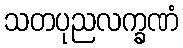
သတပုညလက္ခဏံ